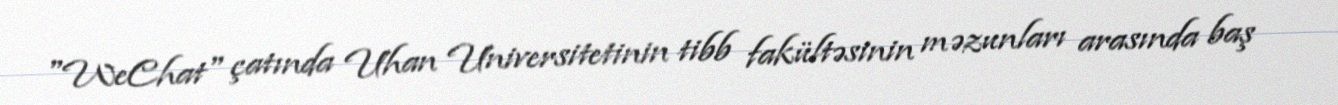
"WeChat" çatında Uhan Universitetinin tibb fakültəsinin məzunları arasında baş